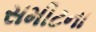
સમીટના